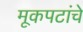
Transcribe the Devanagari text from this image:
मूकपटांचे